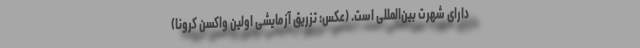
دارای شهرت بین‌المللی است. (عکس: تزریق آزمایشی اولین واکسن کرونا)